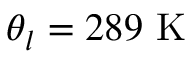
\theta _ { l } = 2 8 9 ~ \mathrm { K }